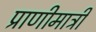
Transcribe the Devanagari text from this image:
प्राणीमात्री